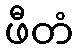
ဖီတံ